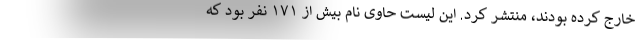
خارج کرده بودند، منتشر کرد. این لیست حاوی نام بیش از ۱۷۱ نفر بود که